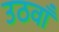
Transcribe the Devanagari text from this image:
उठवाँ